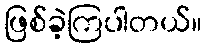
ဖြစ်ခဲ့ကြပါတယ်။